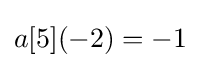
a[5](-2)=-1